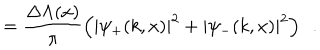
LaTeX: = \frac { \Delta \Lambda ( x ) } { \pi } \left( | \psi _ { + } ( k , x ) | ^ { 2 } + | \psi _ { - } ( k , x ) | ^ { 2 } \right) \ \ .